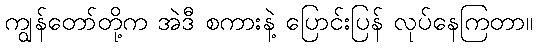
ကျွန်တော်တို့က အဲဒီ စကားနဲ့ ပြောင်းပြန် လုပ်နေကြတာ။